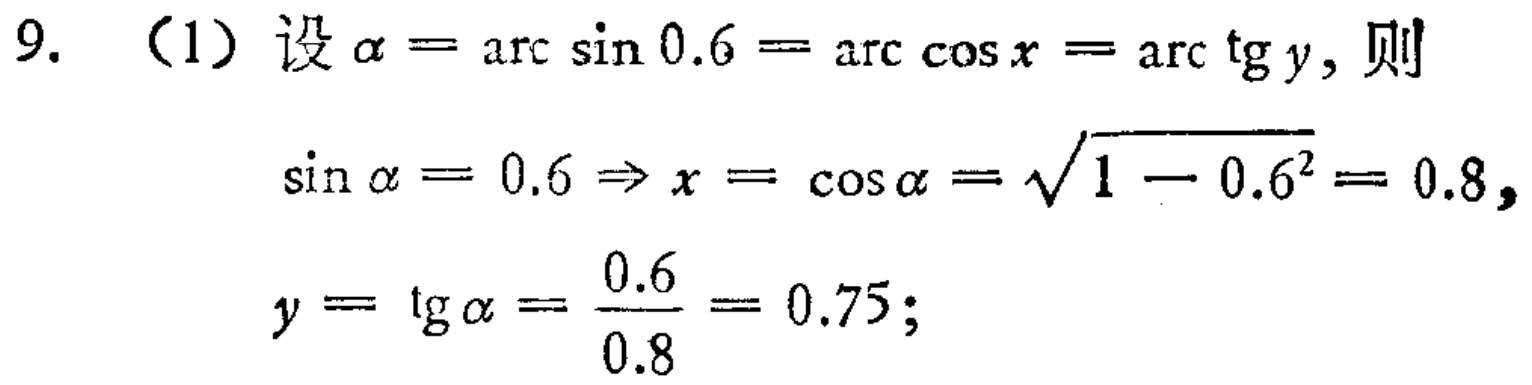
9. （1）设\(\alpha = \arcsin 0.6 = \arccos x = \arctan y\)，则
\[\sin\alpha = 0.6 \Rightarrow x = \cos\alpha = \sqrt{1 - 0.6^{2}} = 0.8,\]
\[y = \tan\alpha = \frac{0.6}{0.8} = 0.75;\]